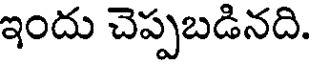
ఇందు చెప్పబడినది.